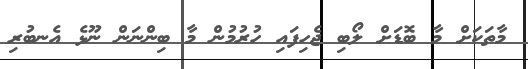
މާތަކަށް މާ ބޮޑަށް ލޯބި ޖެހިފައި ހުރުމުން މާ ބިންނަން ނޫޅެ އެނބުރި